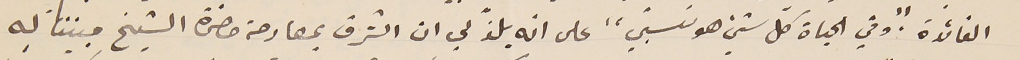
الفائدة. "وفي الحياة كل شيء هو نسبيّ" على انه يلذّ لي ان اتشرف بمصارحة حضرة الشيخ مبيننا له